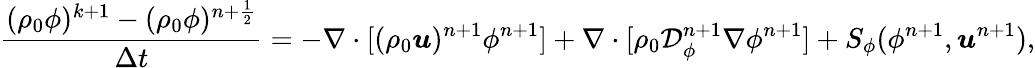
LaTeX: \frac{(\rho_{0}\phi)^{k+1}-(\rho_{0}\phi)^{n+\frac{1}{2}}}{\Delta t}=-\nabla\cdot[(\rho_{0}\boldsymbol{u})^{n+1}\phi^{n+1}]+\nabla\cdot[\rho_{0}\mathcal{D}_{\phi}^{n+1}\nabla\phi^{n+1}]+S_{\phi}(\phi^{n+1},\boldsymbol{u}^{n+1}),